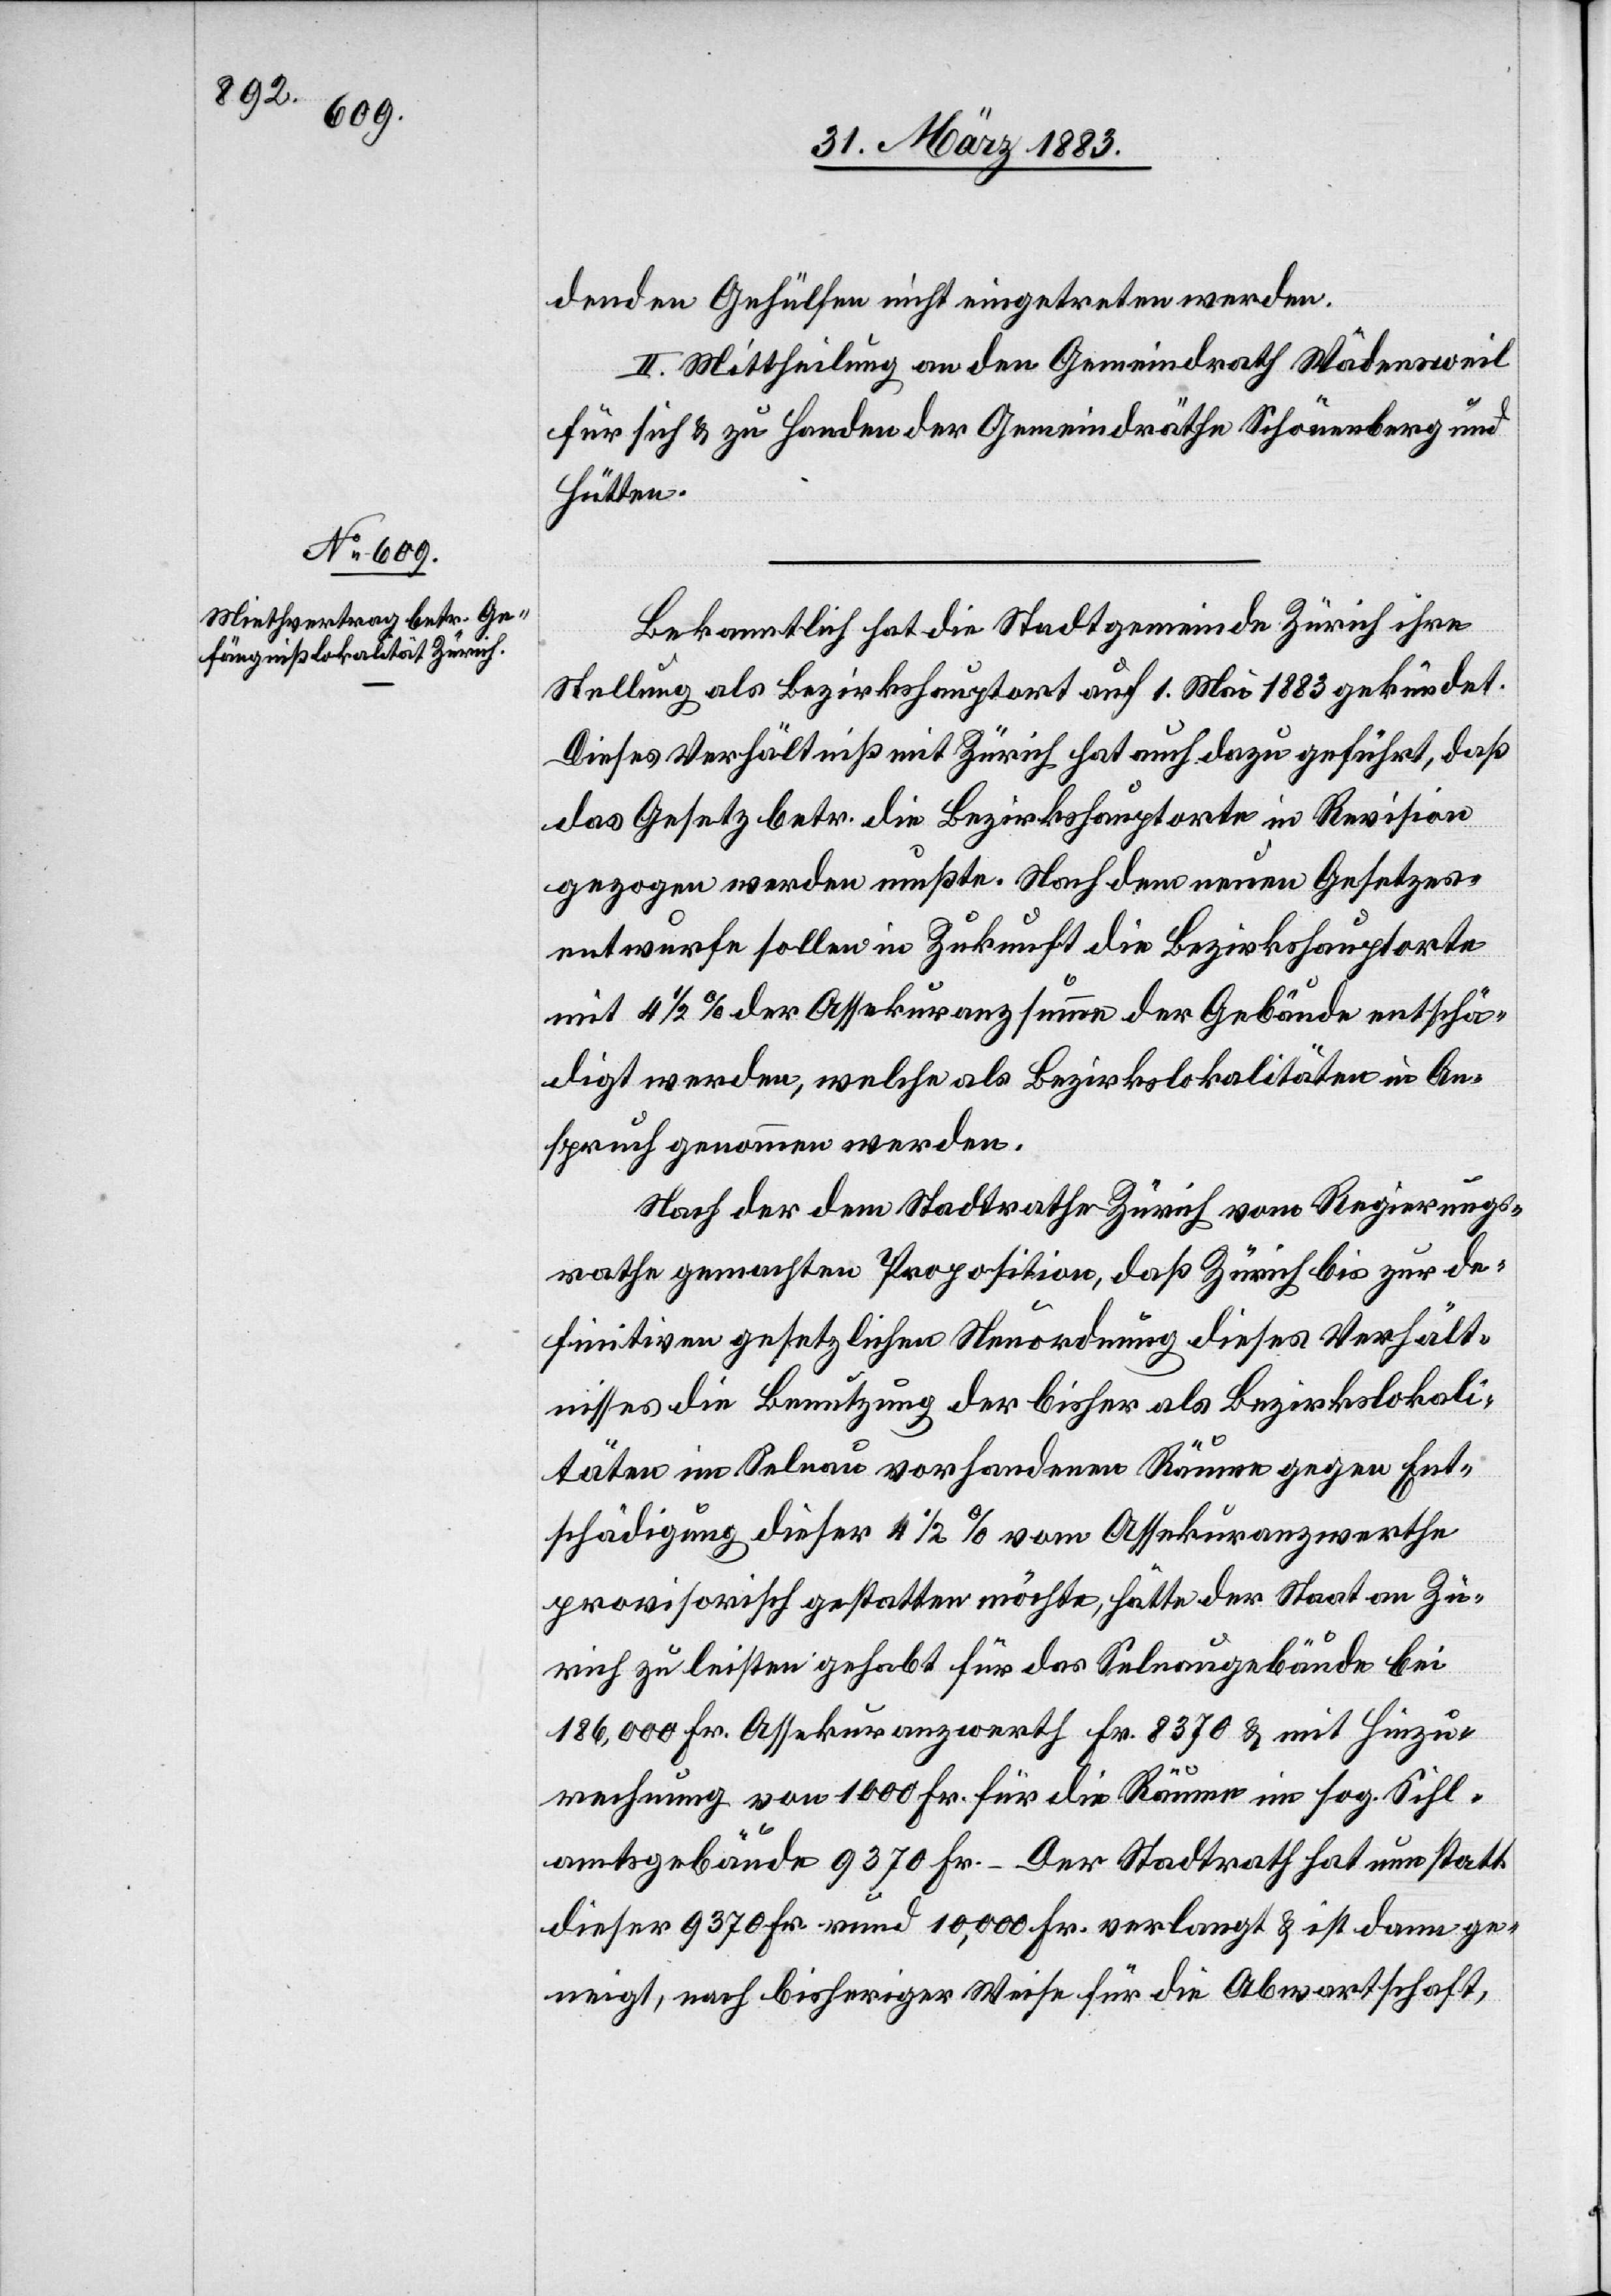
denden Gehülfen nicht eingetreten werden.
II. Mittheilung an den Gemeindrath Wädensweil
für sich & zu Handen der Gemeindräthe Schönenberg und
Hütten.
Bekanntlich hat die Stadtgemeinde Zürich ihre
Stellung als Bezirkshauptort auf 1. Mai 1883 gekündet.
Dieses Verhältniß mit Zürich hat auch dazu geführt, daß
das Gesetz betr. die Bezirkshauptorte in Revision
gezogen werden mußte. Nach dem neuen Gesetzes¬
entwurfe sollen in Zukunft die Bezirkshauptorte
mit 4 1/2% der Assekuranzsumme der Gebäude entschä¬
digt werden, welche als Bezirkslokalitäten in An¬
spruch genommen werden.
Nach der dem Stadtrathe Zürich vom Regierungs¬
rathe gemachten Proposition, daß Zürich bis zur de¬
finitiven gesetzlichen Neuordnung dieses Verhält¬
nisses die Benutzung der bisher als Bezirkslokali¬
täten im Selnau vorhandenen Räume gegen Ent¬
schädigung dieser 4 1/2% vom Assekuranzwerthe
provisorisch gestatten möchte, hätte der Staat an Zü¬
rich zu leisten gehabt für das Selnaugebäude bei
186,000 Fr. Assekuranzwerth Fr. 8370 & mit Hinzu¬
rechnung von 1000 Fr. für die Räume im sog. Sihl¬
amtsgebäude 9370 Fr. – Der Stadtrath hat nun statt
dieser 9370 Fr rund 10,000 Fr. verlangt & ist dann ge¬
neigt, nach bisheriger Weise für die Abwartschaft,